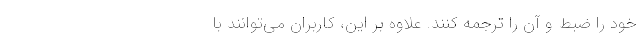
خود را ضبط و آن را ترجمه کنند. علاوه بر این، کاربران می‌توانند با